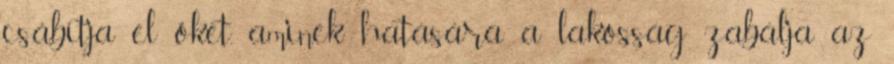
csábítja el őket, aminek hatására a lakosság zabálja az